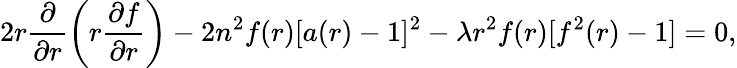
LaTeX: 2r\frac{\partial}{\partial r}\left(r\frac{\partial f}{\partial r}\right)-2n^{2}f(r)[a(r)-1]^{2}-\lambda r^{2}f(r)[f^{2}(r)-1]=0,